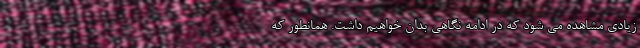
زیادی مشاهده می شود که در ادامه نگاهی بدان خواهیم داشت. همانطور که